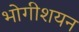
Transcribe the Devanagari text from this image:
भोगीशयन